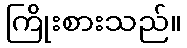
ကြိုးစားသည်။